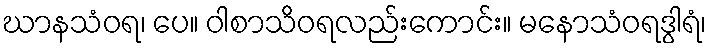
ဃာနသံဝရ၊ ပေ။ ဝါစာသိဝရလည်းကောင်း။ မနောသံဝရဒွါရံ၊